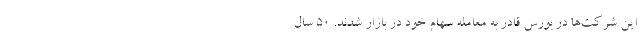
این شرکت‌ها در بورس قادر به معامله سهام خود در بازار شدند. 50 سال